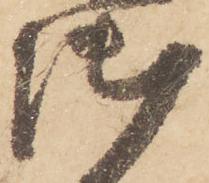
御